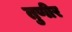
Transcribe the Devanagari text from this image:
तुणीर